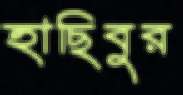
হাছিবুর